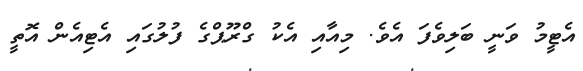
އެޓީމު ވަނީ ބަލިވެފަ އެވެ. މިއާއި އެކު ގްރޫޕްގެ ފުލުގައި އެޓިއެން އޮތީ